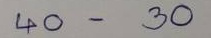
40 - 30